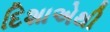
દિશાએથી